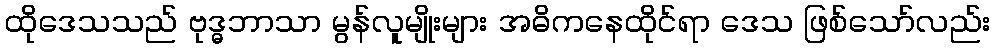
ထိုဒေသသည် ဗုဒ္ဓဘာသာ မွန်လူမျိုးများ အဓိကနေထိုင်ရာ ဒေသ ဖြစ်သော်လည်း